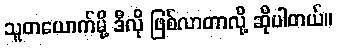
သူတယောက်မို့ ဒီလို ဖြစ်လာတာလို့ ဆိုပါတယ်။